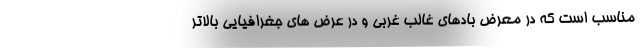
مناسب است که در معرض بادهای غالب غربی و در عرض های جغرافیایی بالاتر